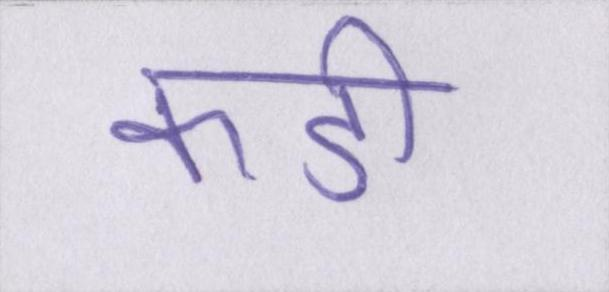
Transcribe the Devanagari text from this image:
कडी